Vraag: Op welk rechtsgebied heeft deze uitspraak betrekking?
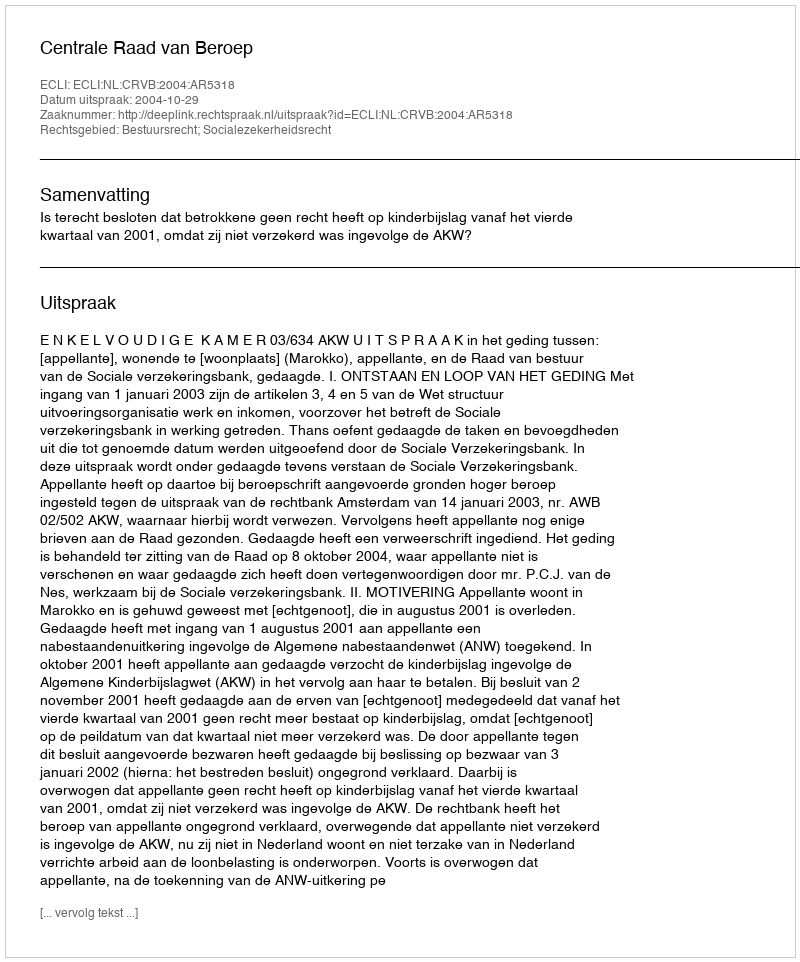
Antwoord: Bestuursrecht; Socialezekerheidsrecht